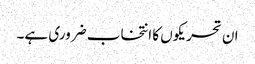
ان تحریکوں کا انتخاب ضروری ہے۔